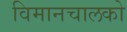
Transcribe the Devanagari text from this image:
विमानचालको